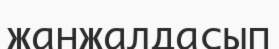
жанжалдасып